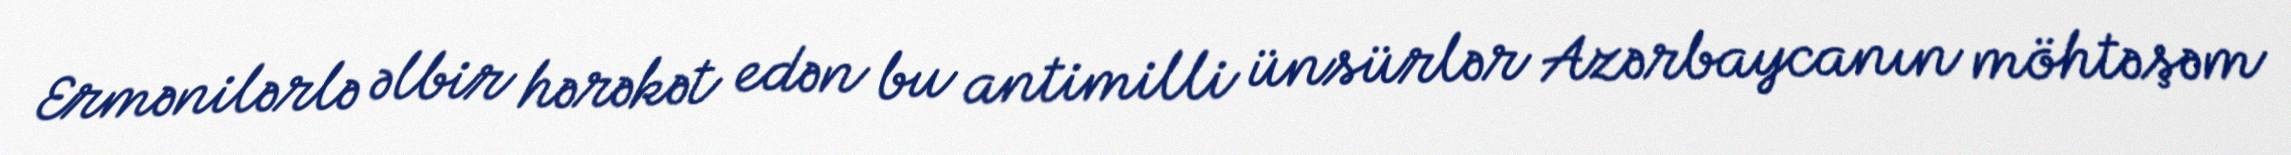
Ermənilərlə əlbir hərəkət edən bu antimilli ünsürlər Azərbaycanın möhtəşəm